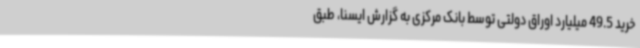
خرید 49.5 میلیارد اوراق دولتی توسط بانک مرکزی به گزارش ایسنا، طبق